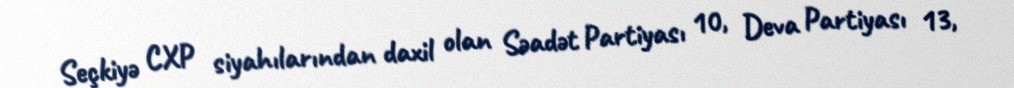
Seçkiyə CXP siyahılarından daxil olan Səadət Partiyası 10, Deva Partiyası 13,